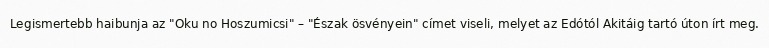
Legismertebb haibunja az "Oku no Hoszumicsi" – "Észak ösvényein" címet viseli, melyet az Edótól Akitáig tartó úton írt meg.